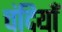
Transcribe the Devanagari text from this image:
चंदियाँ